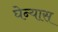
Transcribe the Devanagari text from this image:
घेन्यास